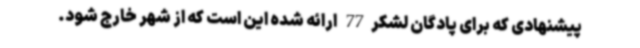
پیشنهادی که برای پادگان لشکر77 ارائه شده این است که از شهر خارج شود.